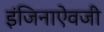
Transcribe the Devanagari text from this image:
इंजिनाऐवजी